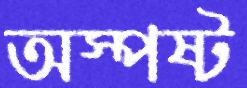
অস্পষ্ট